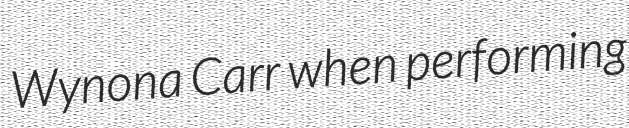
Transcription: Wynona Carr when performing